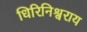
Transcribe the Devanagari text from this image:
धिरिनिश्वराय